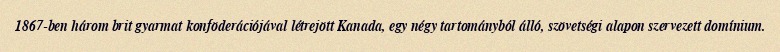
1867-ben három brit gyarmat konföderációjával létrejött Kanada, egy négy tartományból álló, szövetségi alapon szervezett domínium.